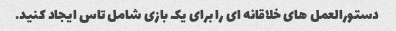
دستورالعمل های خلاقانه ای را برای یک بازی شامل تاس ایجاد کنید.